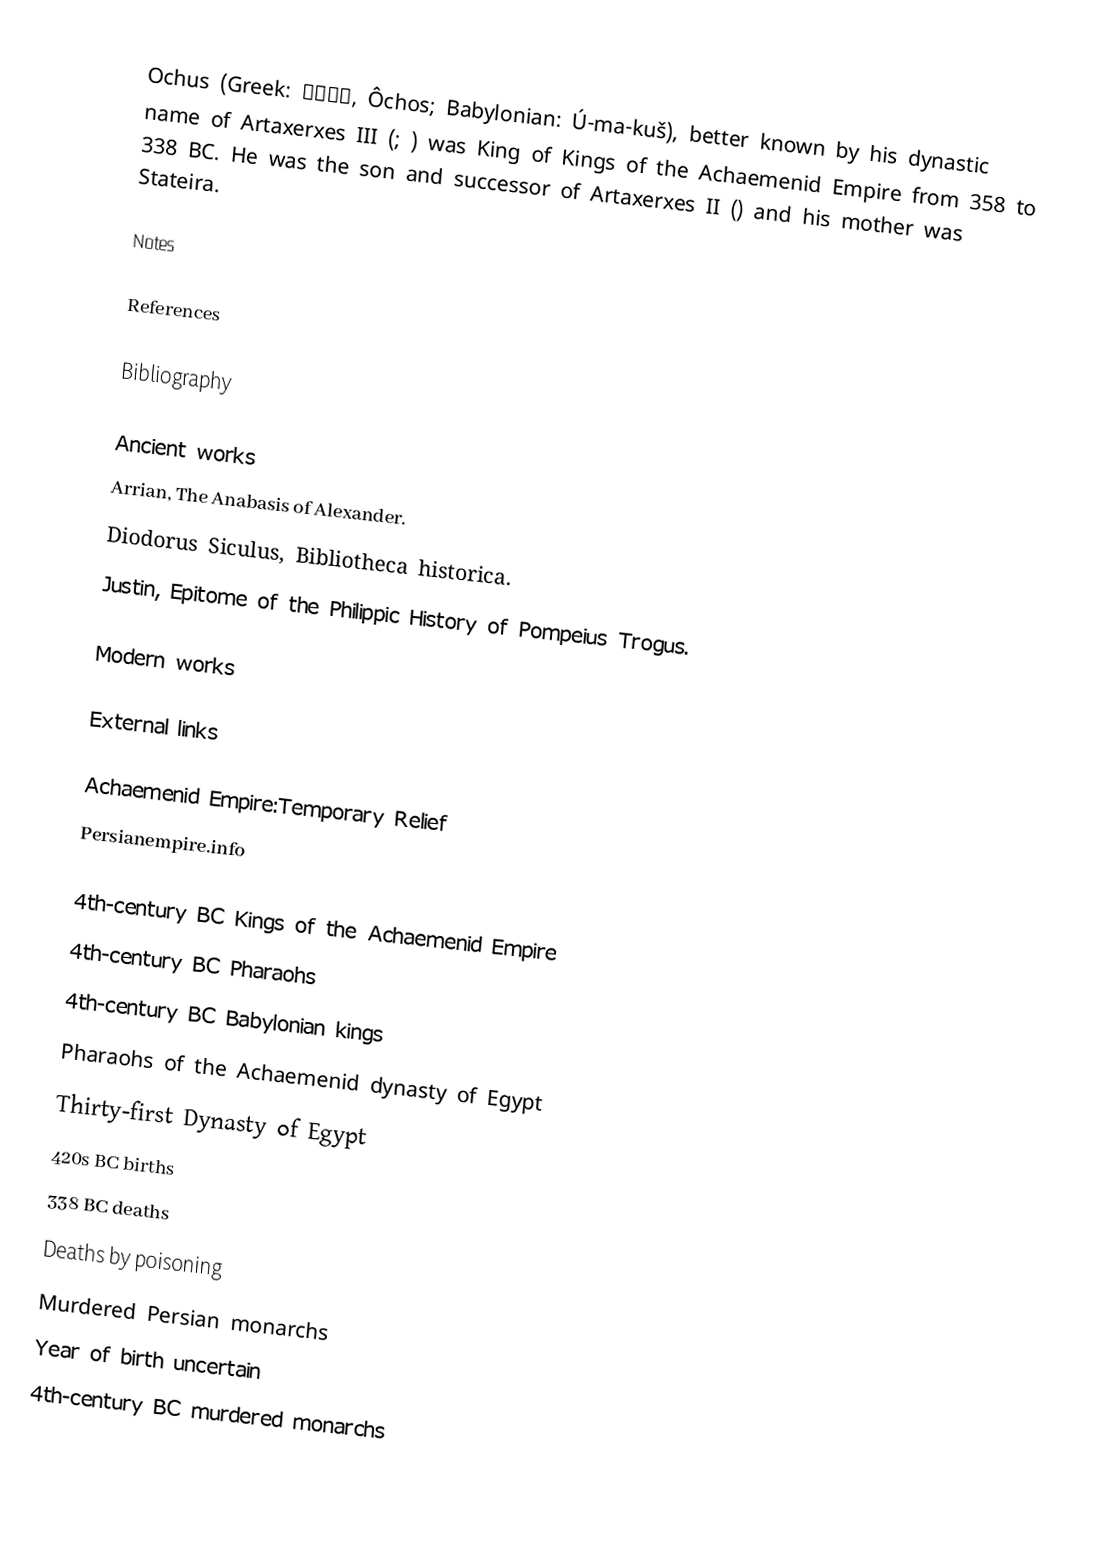
Ochus (Greek: Ὦχος, Ôchos; Babylonian: Ú-ma-kuš), better known by his dynastic name of Artaxerxes III (; ) was King of Kings of the Achaemenid Empire from 358 to 338 BC. He was the son and successor of Artaxerxes II () and his mother was Stateira.

Notes

References

Bibliography

Ancient works
Arrian, The Anabasis of Alexander.
Diodorus Siculus, Bibliotheca historica.
Justin, Epitome of the Philippic History of Pompeius Trogus.

Modern works

External links

 Achaemenid Empire:Temporary Relief
 Persianempire.info

4th-century BC Kings of the Achaemenid Empire
4th-century BC Pharaohs
4th-century BC Babylonian kings
Pharaohs of the Achaemenid dynasty of Egypt
Thirty-first Dynasty of Egypt
420s BC births
338 BC deaths
Deaths by poisoning
Murdered Persian monarchs
Year of birth uncertain
4th-century BC murdered monarchs